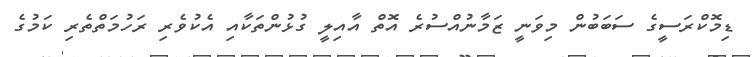
ޑިމޮކްރަސީގެ ސަބަބުން މިވަނީ ޒަމާނުއްސުރެ އޮތް އާއިލީ ގުޅުންތަކާއި އެކުވެރި ރަހުމަތްތެރި ކަމުގެ